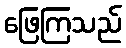
ဖြေကြသည်